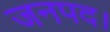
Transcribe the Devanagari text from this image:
जनपद।